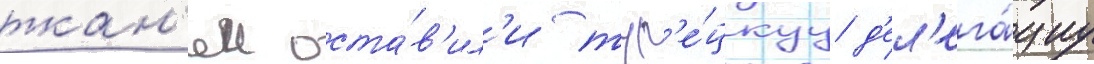
ткан'еи оста́в'ил'и тур'е́цкуу д'ел'ега́циу